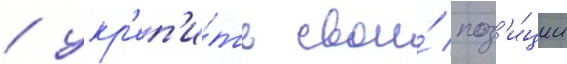
/ укр'еп'и́ть свои́ поз'и́ции